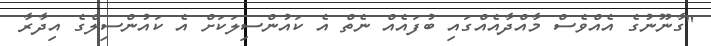
"ގާނޫނުގެ އެއްވެސް މާއްދާއެއްގައި ބުފައެއް ނެތް އެ ކައުންސިލަކަށް އެ ކައުންސިލްގެ އިދާރާ